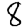
Digit: 8